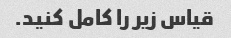
قیاس زیر را کامل کنید.